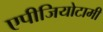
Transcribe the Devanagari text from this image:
एपीजियोटामी